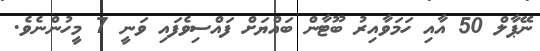
ނޭޕާލް 50 އާއި ހަމަވާއިރު ބޫޓާން ބައްޔަށް ފައްސިވެފައި ވަނީ 7 މީހުންނެވެ.